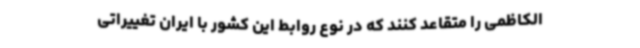
الکاظمی را متقاعد کنند که در نوع روابط این کشور با ایران تغییراتی